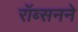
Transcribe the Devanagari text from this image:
रॉब्सनने